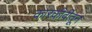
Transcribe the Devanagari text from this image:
कारकीर्दीतून